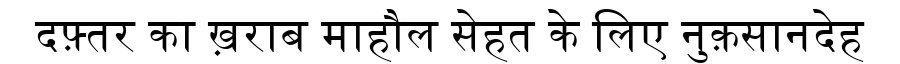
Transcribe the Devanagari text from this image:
दफ़्तर का ख़राब माहौल सेहत के लिए नुक़सानदेह